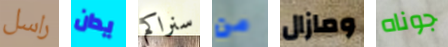
راسل يدان سنراكم من ومازال جوناه